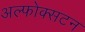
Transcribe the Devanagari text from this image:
अल्फोक्सटन